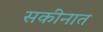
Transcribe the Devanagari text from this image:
सकीनात